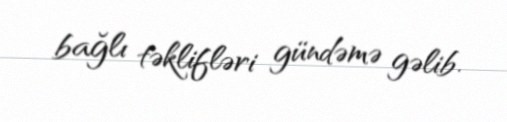
bağlı təklifləri gündəmə gəlib.